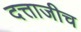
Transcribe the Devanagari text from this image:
दत्ताजीच